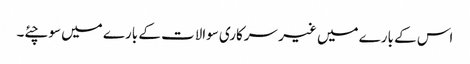
اس کے بارے میں غیر سرکاری سوالات کے بارے میں سوچئے۔